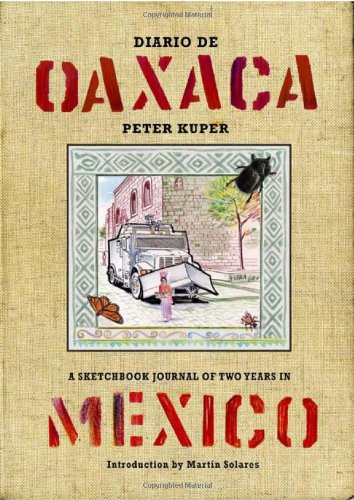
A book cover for Diario de Oaxaca: A Sketchbook Journal of Two Years in Mexico; Peter Kuper; Comics & Graphic Novels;